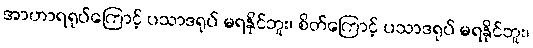
အာဟာရရုပ်ကြောင့် ပသာဒရုပ် မရနိုင်ဘူး၊ စိတ်ကြောင့် ပသာဒရုပ် မရနိုင်ဘူး၊